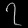
Digit: ၇